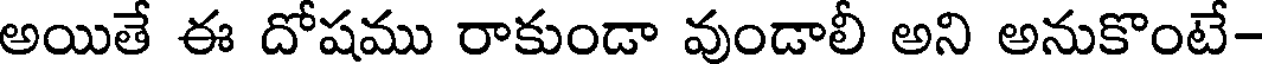
అయితే ఈ దోషము రాకుండా వుండాలీ అని అనుకొంటే-